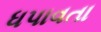
ધપાવતા